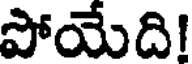
పోయేది!